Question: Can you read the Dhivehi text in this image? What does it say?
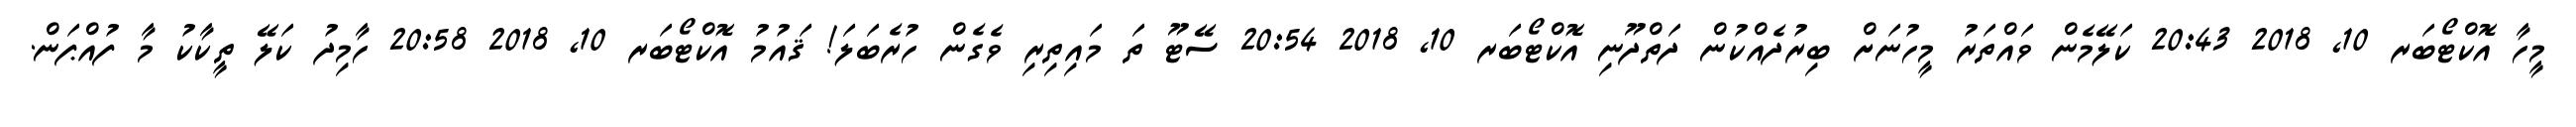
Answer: މީހާ އޮކްޓޯބަރ 10, 2018 20:43 ކަލޭމެން ވައްތަރު މީހުނަށް ބިރުދެއްކުން ދަތްދޫނި އޮކްޓޯބަރ 10, 2018 20:54 ސޭޓޫ ތަ މައިތިރި ވެގެން ހުރެބަލަ! ޤައުމު އޮކްޓޯބަރ 10, 2018 20:58 ހާމިދު ކަލޭ ތީކާކު މާ ފުއްޕަން.